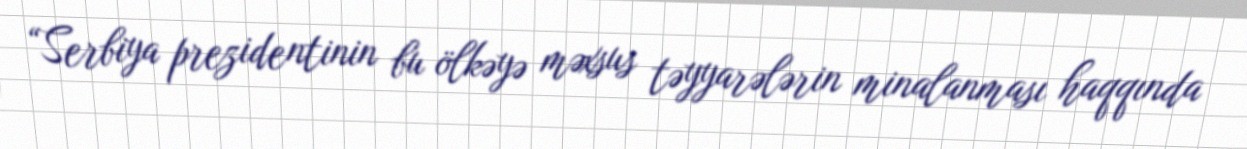
“Serbiya prezidentinin bu ölkəyə məxsus təyyarələrin minalanması haqqında